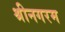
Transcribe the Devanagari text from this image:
श्रीनगरम